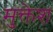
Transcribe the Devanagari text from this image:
मुक्तेश